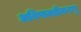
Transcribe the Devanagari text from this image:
अविषाक्तीकरणृ